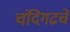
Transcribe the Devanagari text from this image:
चंदिगढचे